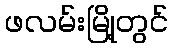
ဖလမ်းမြို့တွင်